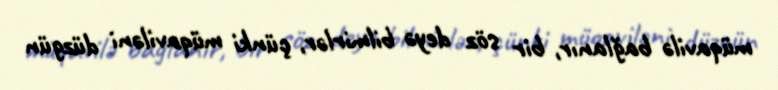
müqavilə bağlanır, bir söz deyə bilmirlər, çünki müqaviləni düzgün